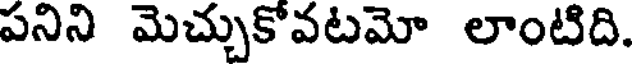
పనిని మెచ్చుకోవటమో లాంటిది.